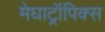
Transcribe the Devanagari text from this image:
मेघाट्रॉपिक्स